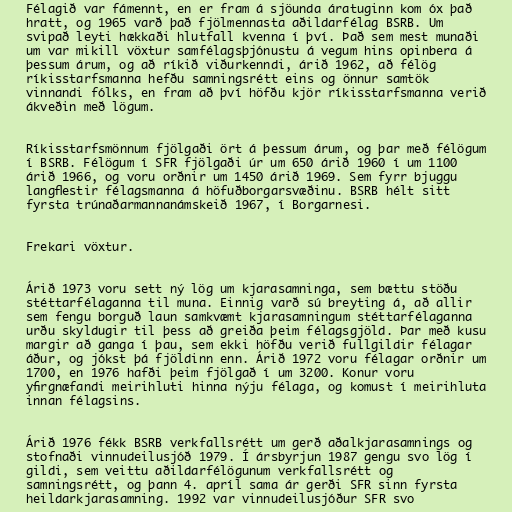
Félagið var fámennt, en er fram á sjöunda áratuginn kom óx það
hratt, og 1965 varð það fjölmennasta aðildarfélag BSRB. Um
svipað leyti hækkaði hlutfall kvenna í því. Það sem mest munaði
um var mikill vöxtur samfélagsþjónustu á vegum hins opinbera á
þessum árum, og að ríkið viðurkenndi, árið 1962, að félög
ríkisstarfsmanna hefðu samningsrétt eins og önnur samtök
vinnandi fólks, en fram að því höfðu kjör ríkisstarfsmanna verið
ákveðin með lögum.

Ríkisstarfsmönnum fjölgaði ört á þessum árum, og þar með félögum
í BSRB. Félögum í SFR fjölgaði úr um 650 árið 1960 í um 1100
árið 1966, og voru orðnir um 1450 árið 1969. Sem fyrr bjuggu
langflestir félagsmanna á höfuðborgarsvæðinu. BSRB hélt sitt
fyrsta trúnaðarmannanámskeið 1967, í Borgarnesi.

Frekari vöxtur.

Árið 1973 voru sett ný lög um kjarasamninga, sem bættu stöðu
stéttarfélaganna til muna. Einnig varð sú breyting á, að allir
sem fengu borguð laun samkvæmt kjarasamningum stéttarfélaganna
urðu skyldugir til þess að greiða þeim félagsgjöld. Þar með kusu
margir að ganga í þau, sem ekki höfðu verið fullgildir félagar
áður, og jókst þá fjöldinn enn. Árið 1972 voru félagar orðnir um
1700, en 1976 hafði þeim fjölgað í um 3200. Konur voru
yfirgnæfandi meirihluti hinna nýju félaga, og komust í meirihluta
innan félagsins.

Árið 1976 fékk BSRB verkfallsrétt um gerð aðalkjarasamnings og
stofnaði vinnudeilusjóð 1979. Í ársbyrjun 1987 gengu svo lög í
gildi, sem veittu aðildarfélögunum verkfallsrétt og
samningsrétt, og þann 4. apríl sama ár gerði SFR sinn fyrsta
heildarkjarasamning. 1992 var vinnudeilusjóður SFR svo